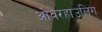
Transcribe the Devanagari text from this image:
ओवरहाउलिंग